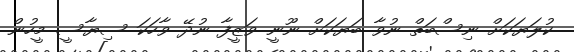
ކުލަޔަކަށް ނިސްބަތް ނުވާ ބަޔަކަށް ނޫނީ ވަޒީފާ ނުދޭ ވާހަކަ ސިޔާސީ މީހުން